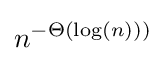
n^{-\Theta (\log(n)))}